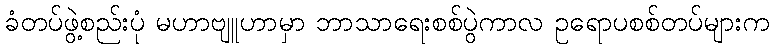
ခံတပ်ဖွဲ့စည်းပုံ မဟာဗျူဟာမှာ ဘာသာရေးစစ်ပွဲကာလ ဥရောပစစ်တပ်များက